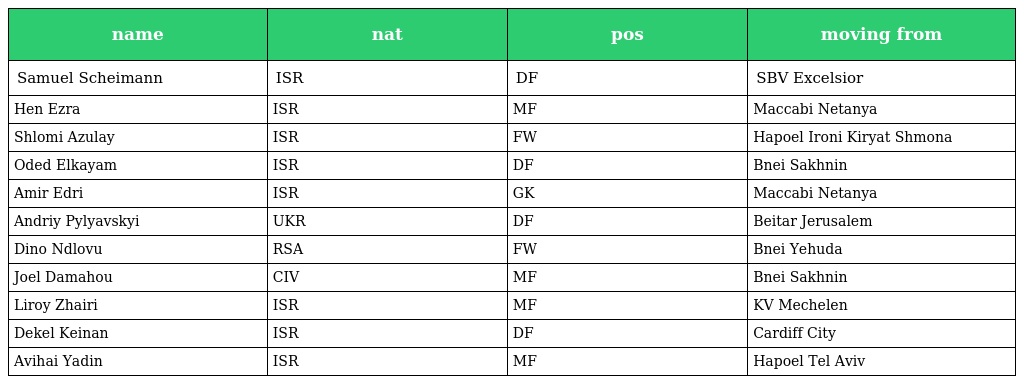
| name | nat | pos | moving from |
 | --- | --- | --- | --- |
 | Samuel Scheimann | ISR | DF | SBV Excelsior |
 | Hen Ezra | ISR | MF | Maccabi Netanya |
 | Shlomi Azulay | ISR | FW | Hapoel Ironi Kiryat Shmona |
 | Oded Elkayam | ISR | DF | Bnei Sakhnin |
 | Amir Edri | ISR | GK | Maccabi Netanya |
 | Andriy Pylyavskyi | UKR | DF | Beitar Jerusalem |
 | Dino Ndlovu | RSA | FW | Bnei Yehuda |
 | Joel Damahou | CIV | MF | Bnei Sakhnin |
 | Liroy Zhairi | ISR | MF | KV Mechelen |
 | Dekel Keinan | ISR | DF | Cardiff City |
 | Avihai Yadin | ISR | MF | Hapoel Tel Aviv |